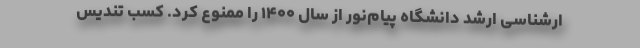
ارشناسی ارشد دانشگاه پیام‌نور از سال ۱۴۰۰ را ممنوع کرد. کسب تندیس